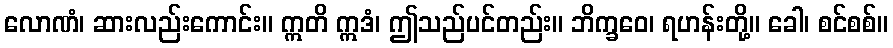
လောဏံ၊ ဆားလည်းကောင်း။ ဣတိ ဣဒံ၊ ဤသည်ပင်တည်း။ ဘိက္ခဝေ၊ ရဟန်းတို့။ ခေါ၊ စင်စစ်။